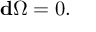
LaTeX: { \bf d } \Omega = 0 .